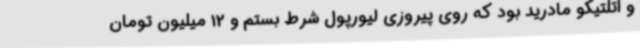
و اتلتیکو مادرید بود که روی پیروزی لیورپول شرط بستم و 12 میلیون تومان